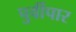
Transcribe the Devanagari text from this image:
पुर्वीपार